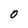
Character: O